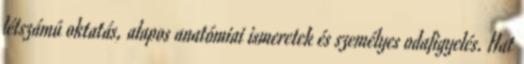
létszámú oktatás, alapos anatómiai ismeretek és személyes odafigyelés. Hat